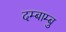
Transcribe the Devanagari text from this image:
दम्बाम्बु